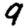
Digit: 9